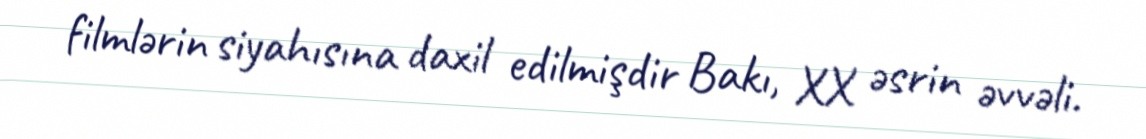
filmlərin siyahısına daxil edilmişdir Bakı, XX əsrin əvvəli.